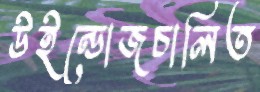
উইন্ডোজচালিত